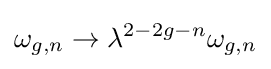
\omega _{g,n}\to \lambda ^{2-2g-n}\omega _{g,n}